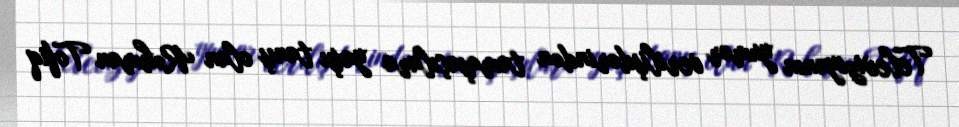
Televiziyanın yumor verilişdərindən tamaşaçılara yaxşı tanış olan Rəhman Tofiq